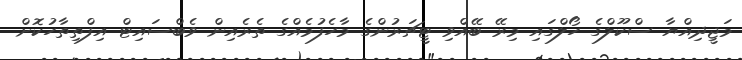
މަޖީދިއްޔާ ސްކޫލްގެ ހޯލްގައި މިރޭ ބޭއްވި ޓީޗަރުންގެ މާހެފުމެއްގެ ތެރެއިން ވެބްސައިޓް އިފްތިތާހުކޮށް